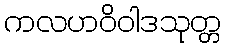
ကလဟဝိဝါဒသုတ္တ